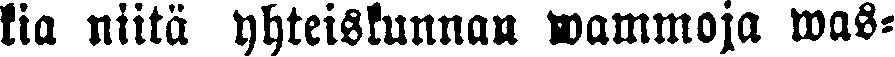
kia niitä yhteiskunnan wammoja was-